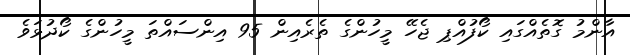
އާންމު ގޮތެއްގައި ކޯފުއްޕި ޖެހޭ މީހުންގެ ތެރެއިން 95 އިންސައްތަ މީހުންގެ ކޯދުޅަވެ